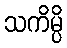
သကိမ္ပိ